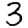
Digit: 3